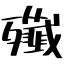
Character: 殲